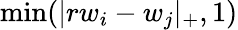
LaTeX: \operatorname*{min}(|rw_{i}-w_{j}|_{+},1)